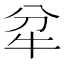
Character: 𤘝